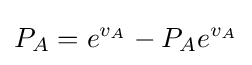
P_{A}=e^{v_{A}}-P_{A}e^{v_{A}}